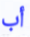
أب